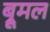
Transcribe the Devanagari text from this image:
ब्रूमल